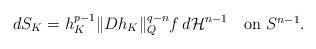
LaTeX: \begin{align*} dS_K=h_K^{p-1}\|Dh_K\|_Q^{q-n}f\,d \mathcal{H}^{n-1}\mbox{ \ \ on $S^{n-1}$}.\end{align*}